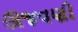
ઊજવણી